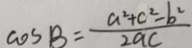
\cos B = \frac { a ^ { 2 } + c ^ { 2 } - b ^ { 2 } } { 2 a c }